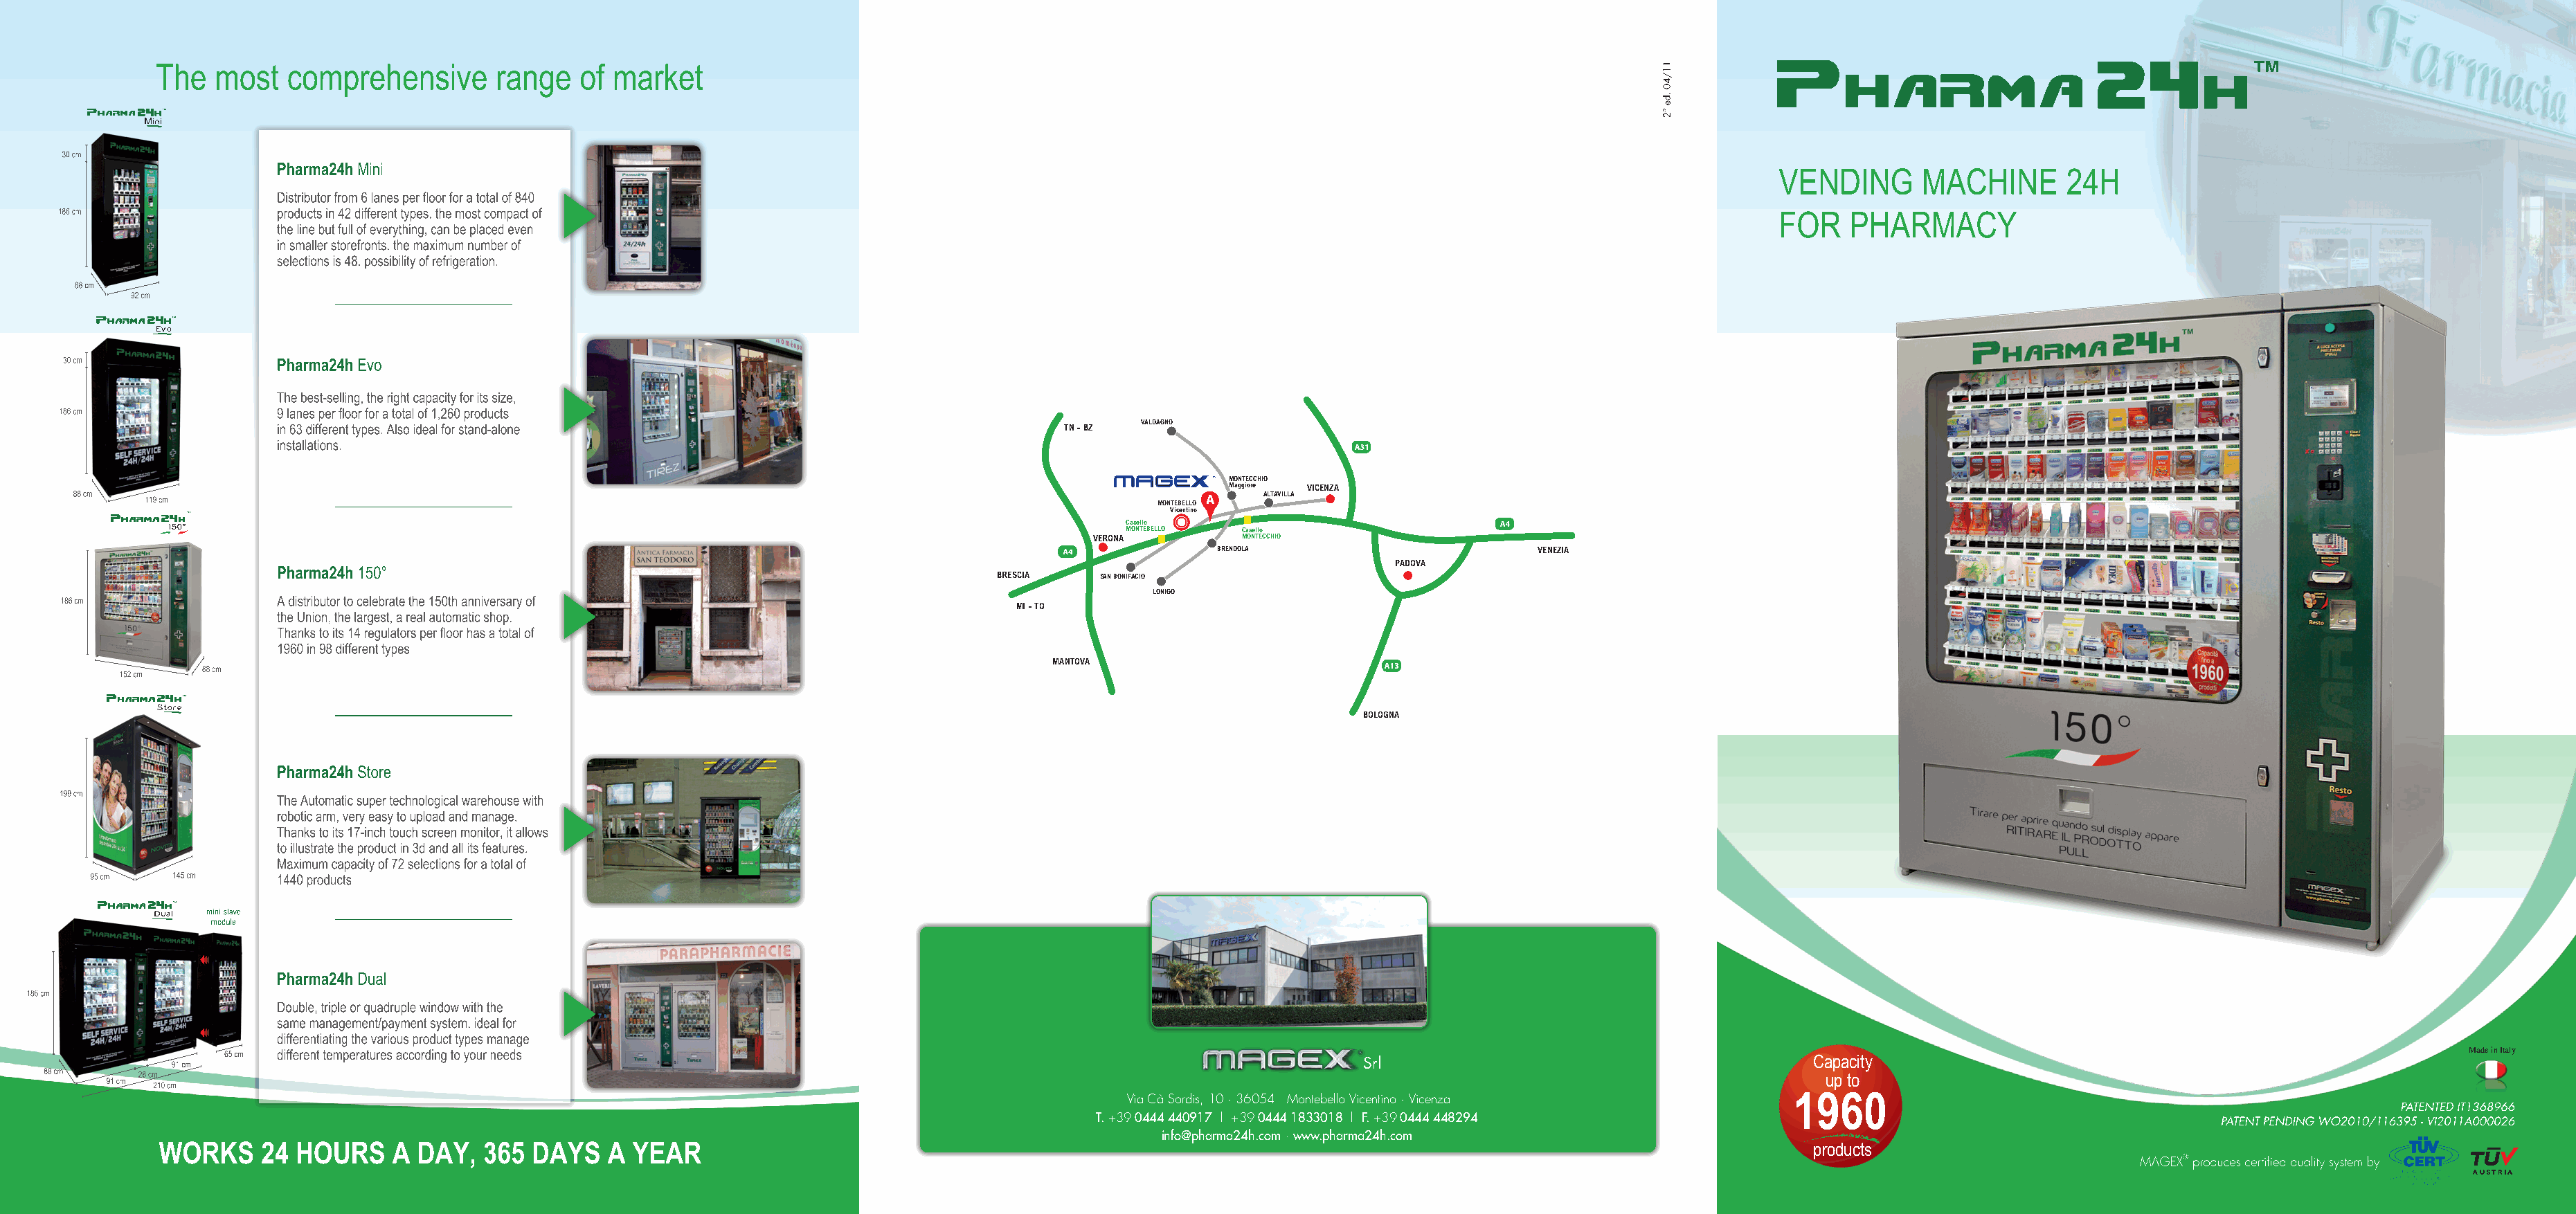
Store
 Mini
 Evo
 150°
 Dual
 Store
 Mini
 Evo
 150°
 Dual
 Store
 TN - BZ VALDAGNO
 Mini
 MONTECCHIO
 Maggiore VICENZA
 Evo                                                                                                      ALTAVILLA
 MONTEBELLO
 Vicentino
 Casello
 150°                                                                                        MONTEBELLO Casello
 VERONA        MONTECCHIO
 BRENDOLA                       VENEZIA
 Dual                                                                                                                 PADOVA
 BRESCIA   SAN BONIFACIO
 LONIGO
 MI - TO
 MANTOVA
 Store
 BOLOGNA
 Mini
 Store
 Evo
 Mini
 150°
 Evo
 Dual
 150°
 Dual
 Made in Italy
 Srl                                        Capacity
 up to
 1960
 Via Cà Sordis, 10 · 36054 Montebello Vicentino · Vicenza
 T. +39 0444 440917 | +39 0444 1833018 | F. +39 0444 448294
 info@pharma24h.com · www.pharma24h.com
 products